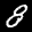
Label: 8